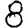
Digit: 8